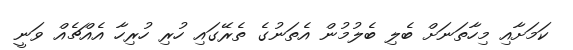
ކަމަށާއި މިހާތަނަށް ބެލި ބެލުމުން އެތަނުގެ ތެރޭގައި ހުރި ހުރިހާ އެއްޗެއް ވަނީ